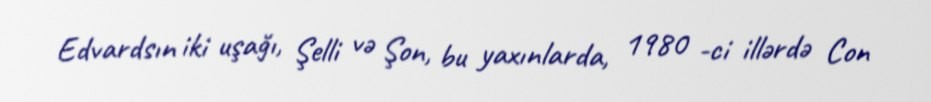
Edvardsın iki uşağı, Şelli və Şon, bu yaxınlarda, 1980 -ci illərdə Con